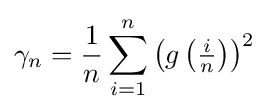
\gamma _{n}={\frac {1}{n}}\sum _{i=1}^{n}\left(g\left({\tfrac {i}{n}}\right)\right)^{2}